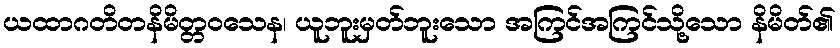
ယထာဂတိတနိမိတ္တဝသေန၊ ယူဘူးမှတ်ဘူးသော အကြင်အကြင်သို့သော နိမိတ်၏